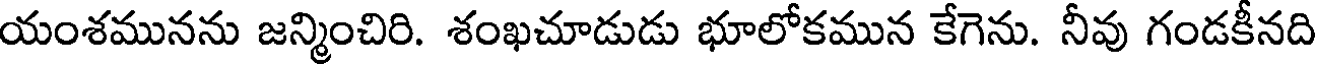
యంశమునను జన్మించిరి. శంఖచూడుడు భూలోకమున కేగెను. నీవు గండకీనది